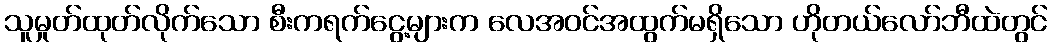
သူမှုတ်ထုတ်လိုက်သော စီးကရက်ငွေ့များက လေအဝင်အထွက်မရှိသော ဟိုတယ်လော်ဘီထဲတွင်